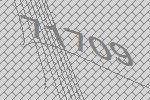
71709